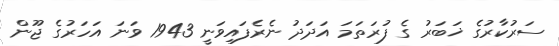
ސަރުކާރުގެ ޚަބަރު ގެ ފުރަތަމަ އަދަދު ނެރެފައިވަނީ 1943 ވަނަ އަހަރުގެ ޖޫން